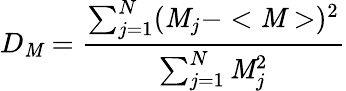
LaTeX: D_{\mathit{M}}=\frac{{\sum_{j=1}^{N}(\mathit{M}_{j}-<\mathit{M}>)^{2}}}{{\sum_{j=1}^{N}\mathit{M}_{j}^{2}}}